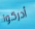
أدركوا